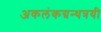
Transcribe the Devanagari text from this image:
अकलंकग्रन्थत्रयी